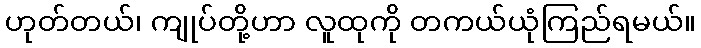
ဟုတ်တယ်၊ ကျုပ်တို့ဟာ လူထုကို တကယ်ယုံကြည်ရမယ်။